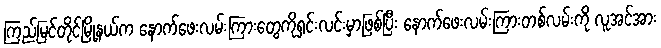
ကြည့်မြင်တိုင်မြို့နယ်က နောက်ဖေးလမ်းကြားတွေကိုရှင်းလင်းမှာဖြစ်ပြီး နောက်ဖေးလမ်းကြားတစ်လမ်းကို လူအင်အား